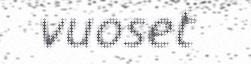
vuoset